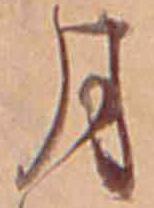
月